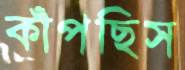
কাঁপছিস